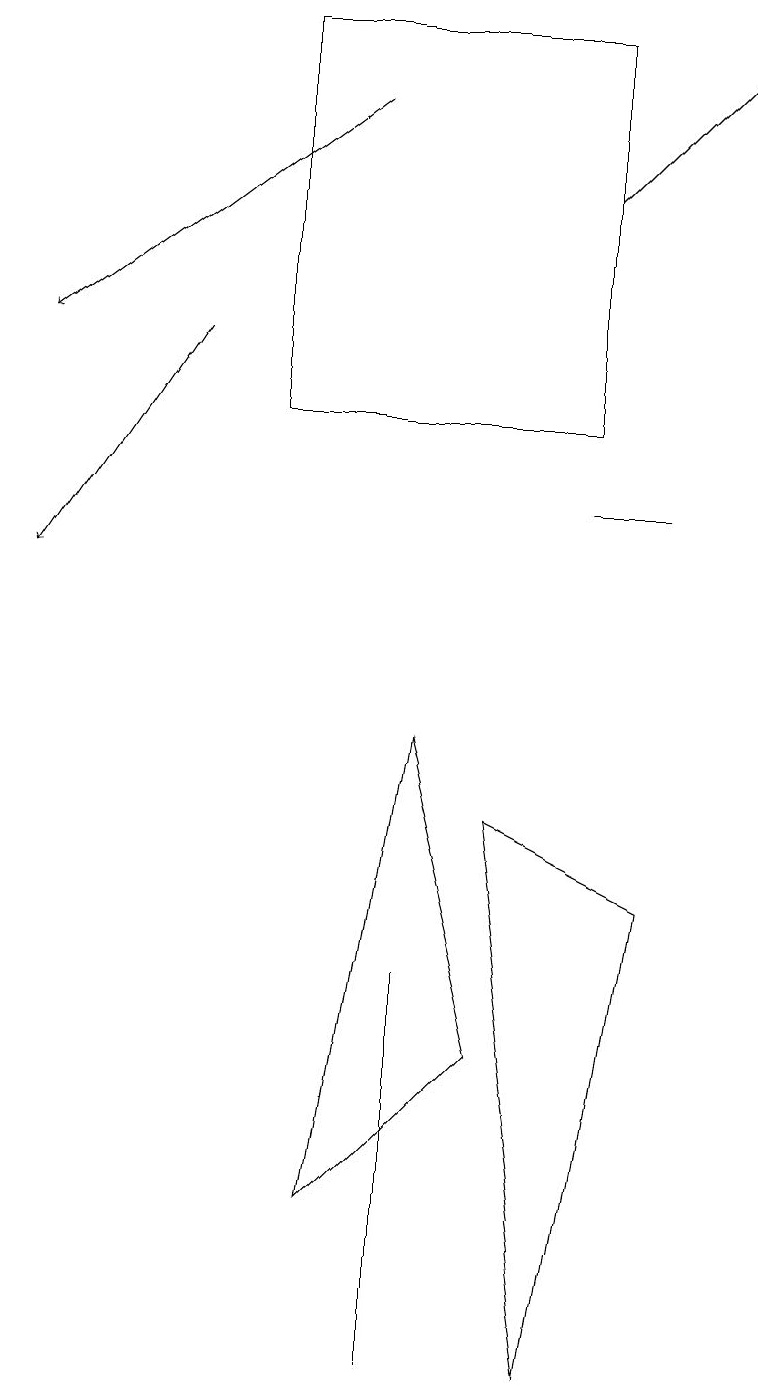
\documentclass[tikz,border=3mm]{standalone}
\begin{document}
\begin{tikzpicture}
\draw (3,17) rectangle (7,12);
\draw (6,7) -- (8,6) -- (7,0) -- cycle;
\draw (5,5) -- (5,1) -- (5,0) -- cycle;
\draw (8,11) rectangle (7,11);
\draw[->] (2,13) -- (0,10);
\draw[->] (7,15) -- (9,17);
\draw (4,2) -- (5,8) -- (6,4) -- cycle;
\draw[->] (4,16) -- (0,13);
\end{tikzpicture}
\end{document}